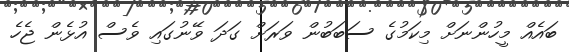
ބައެއް މީހުންނަށް މިކަމުގެ ސަބަބުން ވަރަށް ގަދަ ވޭނުގައި ވެސް އުޅެން ޖެހެ